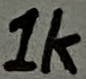
Text: 1K